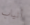
أنياب